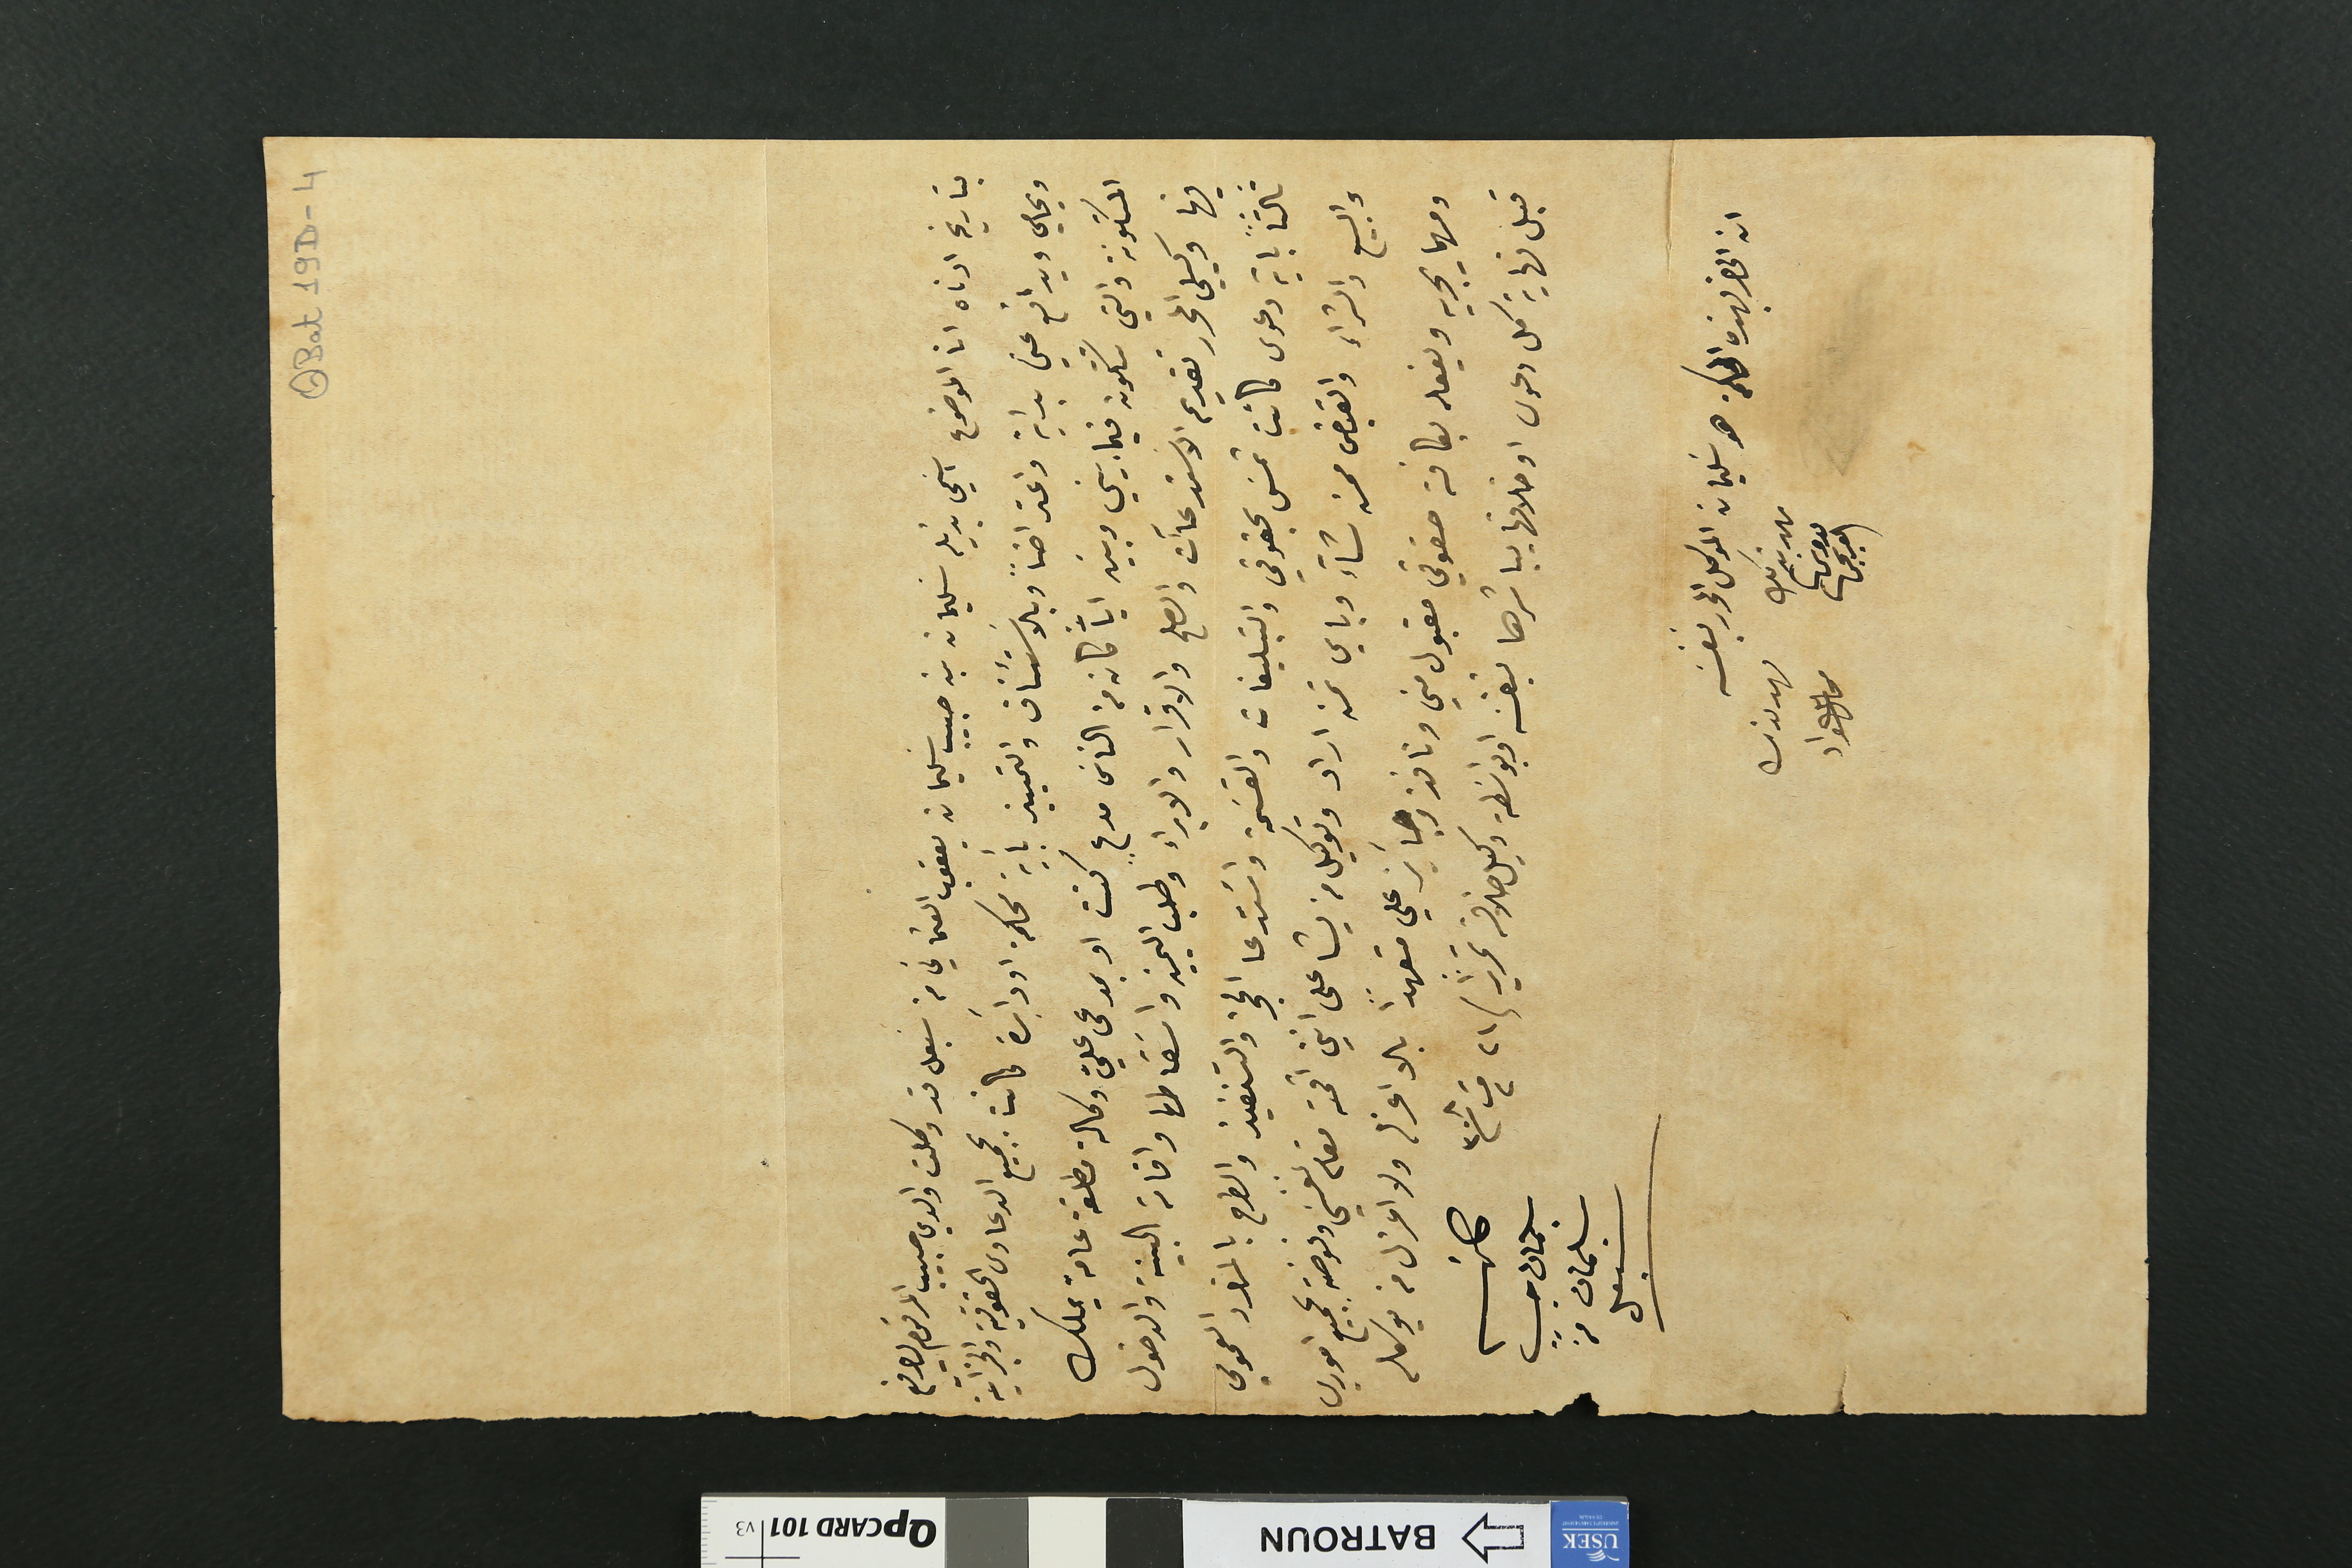
بتاريخ ادناه انا الموضوع اسَمي بذيله سليمان بن حبيب سليمان يعقوب العثماني من سبعل قد وكلت والدي حبيب المرقوم ليدفع
ويحامي ويدافع عني بداية واعتراضاً وبالاسَتئناف والتمييز بأية محكمة او دائِرة كانت بجميع الدعاوى الحقوقية والجزآية
المتكونة والتي تتكون فيما بيني وبين ايآً كان من الناسَ مدعٍ كنت او بمدعى عليّ وكالة مطلقة عامة يملك
فيها وكيلي المحرر تقديم الاستدعاآت والصلح والاقرار والابراء وطلب التمييز واسَقاطها واقامة البينة والدخول
ثالثاً باية دعوى كانت تمسَ بحقوقي والتبليغات والقسَمة واسَتدعا الحجز والتنفيذ والطرح بالمزاد العمومي
والبيع والشراء والقبض ممن شآء وباي ثمن اراد وتوكيل من يشا على انني اقمته مقام نفسَي وفوضته بجميع اموري
ومهما يجريه ويفعله بكافة حقوقي مقبول مني ونافذ وجآيز علي متعهداً بالا اعزله ولا اعزل من يوكله
قبل نهاية كل دعوى او خلافها يباشرها بنفسَه او بواسَطة وكيل خلافه تحريراً / ٢١ ت٢ سنة ٣٠٨
كاتبه سليمان حبيب سليمان من سبعل
ان الحاضر بهذه المحكمة هو سليمان الموكل المحرر بنفسَه
شهد بذلك مدونها العريجي
شهد بذلك مخايل عواذ
QBat19D-4